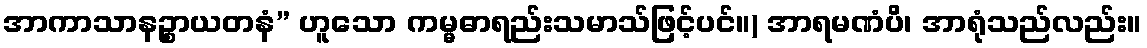
အာကာသာနဉ္စာယတနံ” ဟူသော ကမ္မဓာရည်းသမာသ်ဖြင့်ပင်။) အာရမဏံပိ၊ အာရုံသည်လည်း။